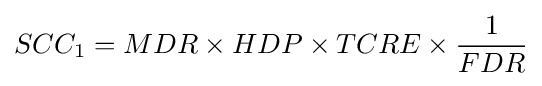
SCC_{1}=MDR\times HDP\times TCRE\times {\frac {1}{FDR}}